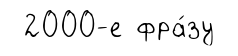
2000-е фра́зу